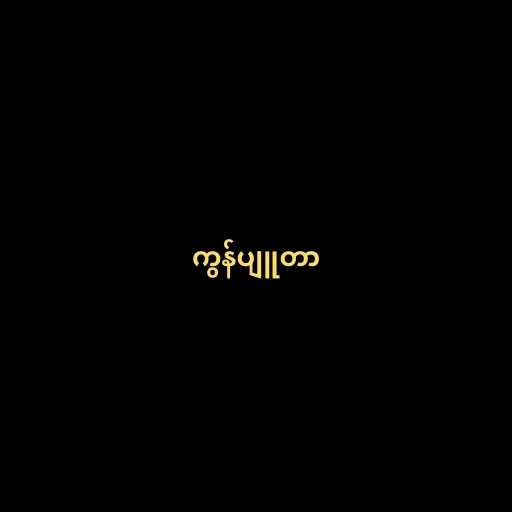
ကွန်ပျူတာ